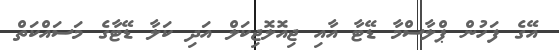
އޭގެ ފަހުން ޕްލާސްމާ ޑޭޓާ އާއި ޖިއޮލޮޖިކަލް އަދި ކަލާ ޑޭޓާގެ މަސައްކަތް